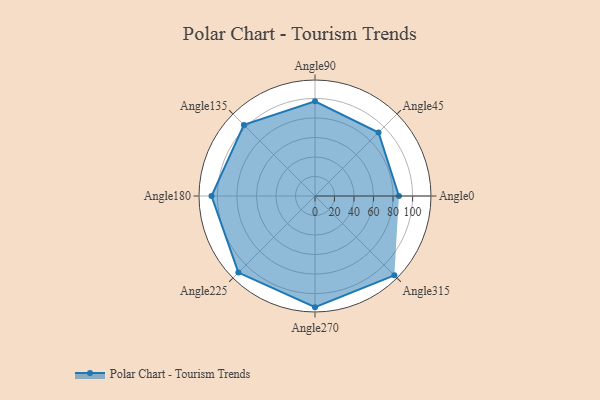
{"axis": {"x": "Angle", "y": "Radius"}, "legend": [""], "data": [{"x": "Angle0", "y": 86.0, "type": ""}, {"x": "Angle45", "y": 92.0, "type": ""}, {"x": "Angle90", "y": 97.0, "type": ""}, {"x": "Angle135", "y": 103.0, "type": ""}, {"x": "Angle180", "y": 106.0, "type": ""}, {"x": "Angle225", "y": 111.0, "type": ""}, {"x": "Angle270", "y": 114.0, "type": ""}, {"x": "Angle315", "y": 115.0, "type": ""}]}